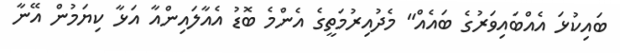
ބައިކުޅަ އެއްބައިވަރުގެ ބައެއް" މެދުއިރުމަތީގެ އެންމެ ބޮޑު އެއާލައިންއާ އަޅާ ކިޔަމުން އޭނާ